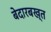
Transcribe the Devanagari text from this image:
बेदारबख्त